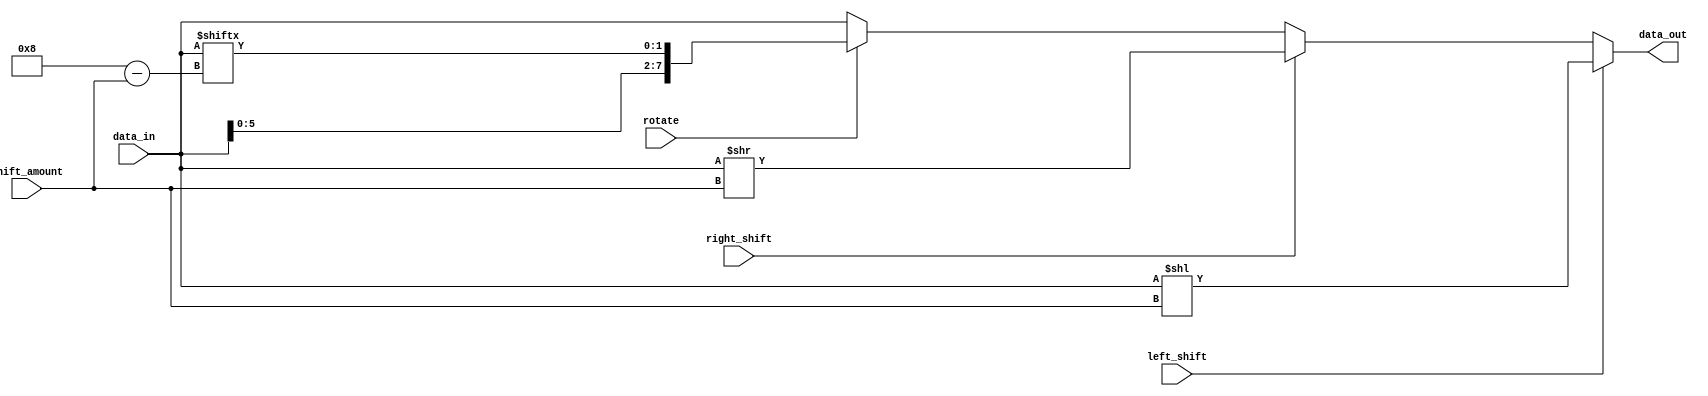
module Circular_Barrel_Shifter (
    input wire [7:0] data_in,
    input wire [2:0] shift_amount,
    input wire left_shift,
    input wire right_shift,
    input wire rotate,
    output reg [7:0] data_out
);

reg [7:0] temp_out;

always @(*) begin
    if (left_shift) begin
        temp_out = data_in << shift_amount;
    end else if (right_shift) begin
        temp_out = data_in >> shift_amount;
    end else if (rotate) begin
        temp_out = {data_in[(7-shift_amount):0], data_in[7:(8-shift_amount)]};
    end else begin
        temp_out = data_in;
    end
end

assign data_out = temp_out;

endmodule